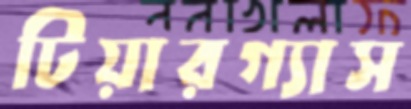
টিয়ারগ্যাস